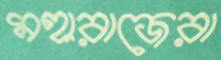
মহারাজেরা